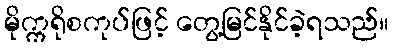
မိုက္ကရိုစကုပ်ဖြင့် တွေ့မြင်နိုင်ခဲ့ရသည်။